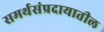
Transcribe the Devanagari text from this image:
समर्थसंप्रदायातील